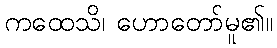
ကထေသိ၊ ဟောတော်မူ၏။